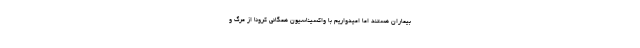
بیماران هستند اما امیدواریم با واکسیناسیون همگانی کرونا از مرگ و